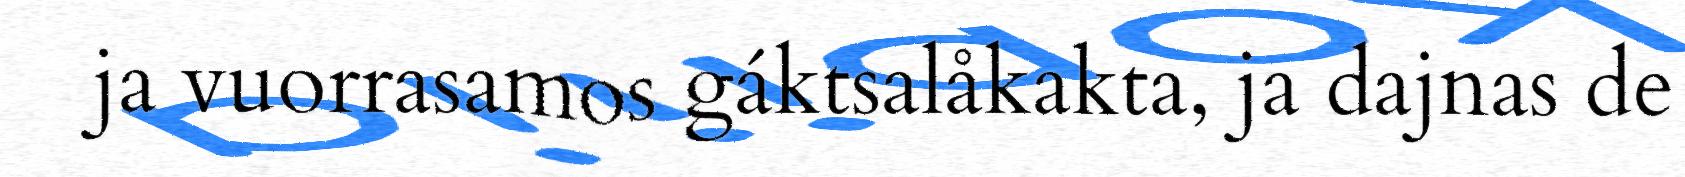
ja vuorrasamos gáktsalåkakta, ja dajnas de